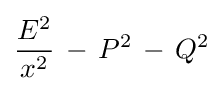
{\frac {E^{2}}{x^{2}}}\,-\,P^{2}\,-\,Q^{2}